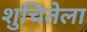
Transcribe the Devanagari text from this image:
शुचितेला